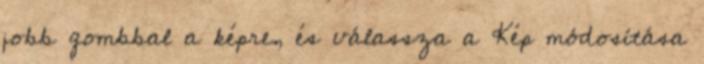
jobb gombbal a képre, és válassza a Kép módosítása